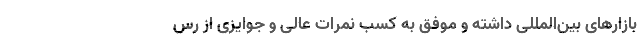
بازارهای بین‌المللی داشته و موفق به کسب نمرات عالی و جوایزی از رس